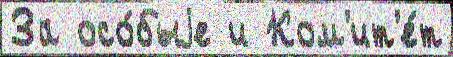
За осо́быjе и Ком'ит'е́т